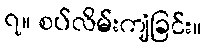
၇။ စပ်လိမ်းကျံခြင်း။